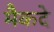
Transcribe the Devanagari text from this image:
मैकदे